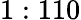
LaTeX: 1:110